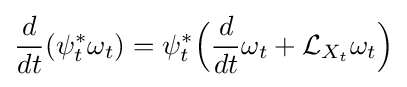
{\frac {d}{dt}}(\psi _{t}^{*}\omega _{t})=\psi _{t}^{*}{\Big (}{\frac {d}{dt}}\omega _{t}+{\mathcal {L}}_{X_{t}}\omega _{t}{\Big )}